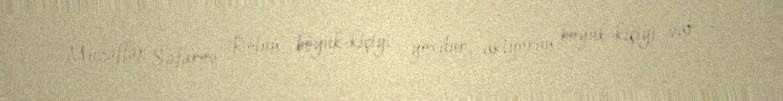
Müzəffər Səfərov "Rolun böyük-kiçiyi yoxdur, aktyorun böyük-kiçiyi var "